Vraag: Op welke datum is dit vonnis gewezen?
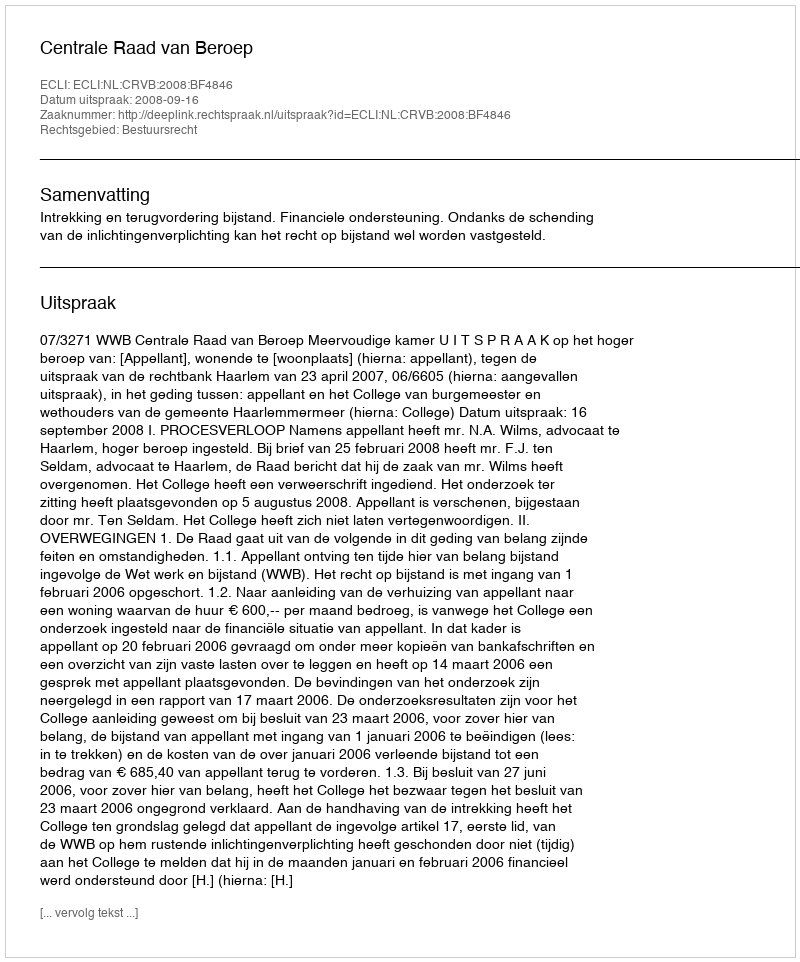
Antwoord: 2008-09-16